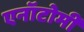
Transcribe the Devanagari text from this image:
एनॉटोमी